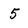
Character: 5